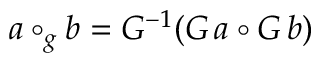
a \circ _ { g } b = G ^ { - 1 } ( G \, a \circ G \, b )